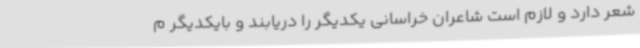
شعر دارد و لازم است شاعران خراسانی یکدیگر را دریابند و بایکدیگر م